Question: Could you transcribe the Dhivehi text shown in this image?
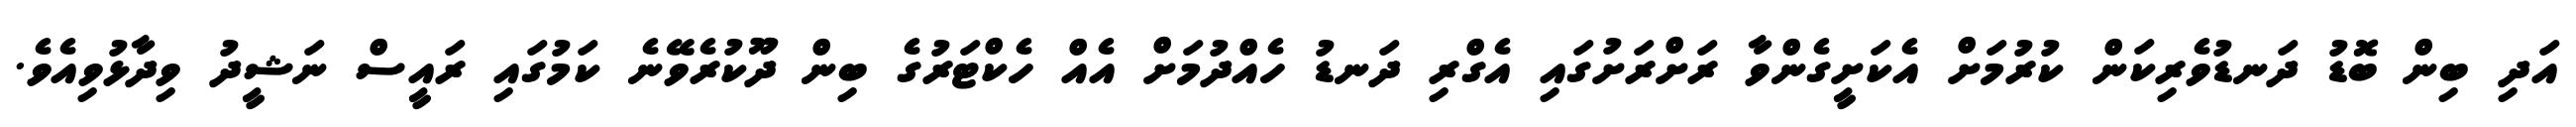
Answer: އަދި ބިން ބޮޑު ދަނޑުވެރިކަން ކުރުމަށް އެކަށީގެންވާ ރަށްރަށުގައި އެގްރި ދަނޑު ހެއްދުމަށް އެއް ހެކްޓަރުގެ ބިން ދޫކުރެވޭނެ ކަމުގައި ރައީސް ނަޝީދު ވިދާޅުވިއެވެ.